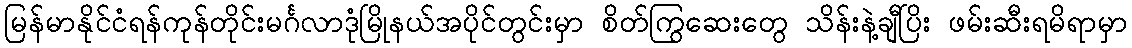
မြန်မာနိုင်ငံရန်ကုန်တိုင်းမင်္ဂလာဒုံမြိုနယ်အပိုင်တွင်းမှာ စိတ်ကြွဆေးတွေ သိန်းနဲ့ချီပြိး ဖမ်းဆီးရမိရာမှာ